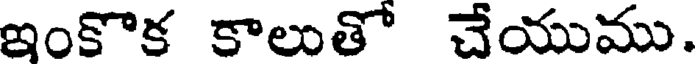
ఇంకొక కాలుతో చేయుము.